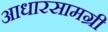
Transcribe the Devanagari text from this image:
आधारसामग्री